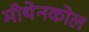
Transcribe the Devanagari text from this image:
मीथेनकोल